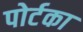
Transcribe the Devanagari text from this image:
पोर्टका